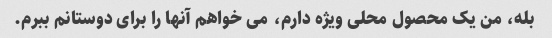
بله، من یک محصول محلی ویژه دارم، می خواهم آنها را برای دوستانم ببرم.